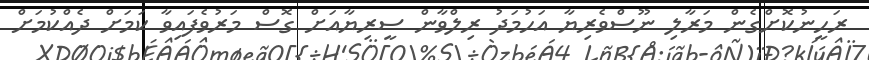
ރަހީނުކޮށްގެން މަރާލި ނޫސްވެރިޔާ އަހުމަދު ރިލްވާން ސީރިޔާއަށް ގޮސް މަރުވެފައިވާ ކަމަށް ދެއްކުމަށް